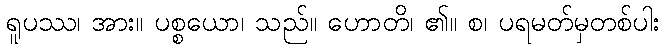
ရူပဿ၊ အား။ ပစ္စယော၊ သည်။ ဟောတိ၊ ၏။ စ၊ ပရမတ်မှတစ်ပါး